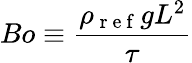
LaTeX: Bo\equiv\frac{\rho_{\mathrm{~r~e~f~}}gL^{2}}{\tau}